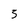
Character: 3